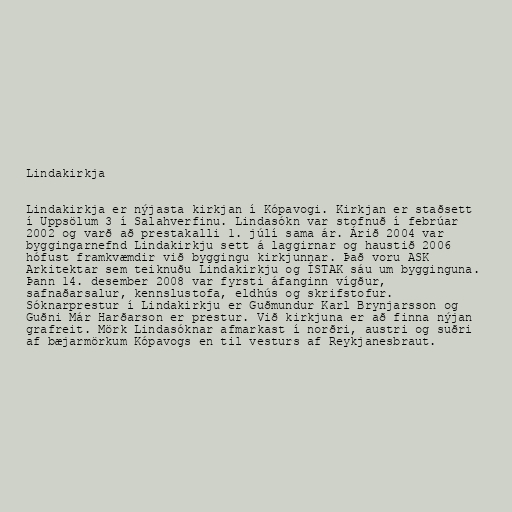
Lindakirkja

Lindakirkja er nýjasta kirkjan í Kópavogi. Kirkjan er staðsett
í Uppsölum 3 í Salahverfinu. Lindasókn var stofnuð í febrúar
2002 og varð að prestakalli 1. júlí sama ár. Árið 2004 var
byggingarnefnd Lindakirkju sett á laggirnar og haustið 2006
hófust framkvæmdir við byggingu kirkjunnar. Það voru ASK
Arkitektar sem teiknuðu Lindakirkju og ÍSTAK sáu um bygginguna.
Þann 14. desember 2008 var fyrsti áfanginn vígður,
safnaðarsalur, kennslustofa, eldhús og skrifstofur.
Sóknarprestur í Lindakirkju er Guðmundur Karl Brynjarsson og
Guðni Már Harðarson er prestur. Við kirkjuna er að finna nýjan
grafreit. Mörk Lindasóknar afmarkast í norðri, austri og suðri
af bæjarmörkum Kópavogs en til vesturs af Reykjanesbraut.